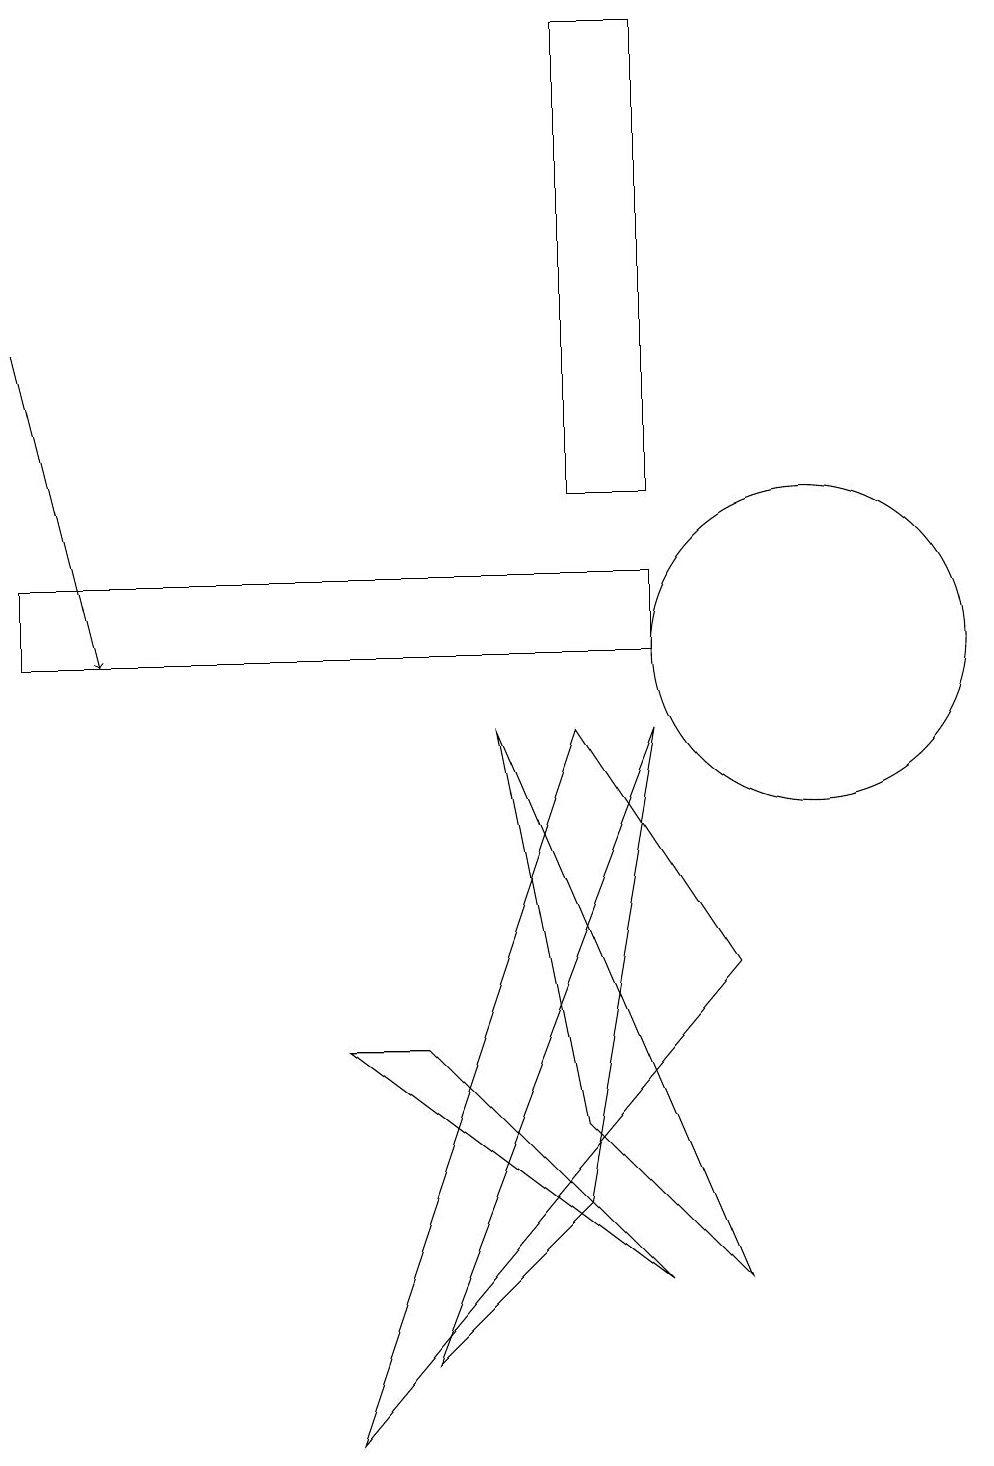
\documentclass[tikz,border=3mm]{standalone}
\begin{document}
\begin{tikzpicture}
\draw (10,10) circle (2);
\draw (8,11) rectangle (0,10);
\draw (5,5) -- (8,2) -- (4,5) -- cycle;
\draw (9,2) -- (7,4) -- (6,9) -- cycle;
\draw (5,1) -- (7,3) -- (8,9) -- cycle;
\draw[->] (0,14) -- (1,10);
\draw (7,9) -- (4,0) -- (9,6) -- cycle;
\draw (7,18) rectangle (8,12);
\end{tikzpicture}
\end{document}